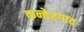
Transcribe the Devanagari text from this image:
कन्हेरगाव